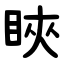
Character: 䀹